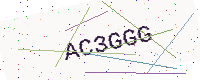
Text: AC3GGG